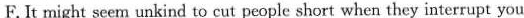
F.It might seem unkind to cut people short when they interrupt you